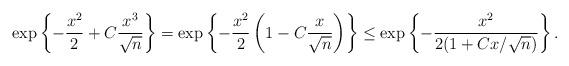
LaTeX: \begin{align*}\exp \left\{-\frac{x^{2}}{2}+C\frac{x^{3}}{\sqrt{n}}\right\}=\exp \left\{-\frac{x^{2}}{2}\left(1-C\frac{x}{\sqrt{n}}\right)\right\}\leq\exp\left\{-\frac{x^{2}}{2(1+Cx/\sqrt{n})}\right\}.\end{align*}